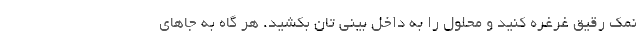
نمک رقیق غرغره کنید و محلول را به داخل بینی تان بکشید. هر گاه به جاهای